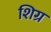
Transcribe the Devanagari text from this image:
शिग्र